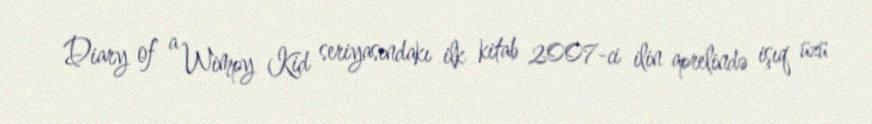
Diary of a Wimpy Kid seriyasındakı ilk kitab 2007-ci ilin aprelində işıq üzü